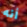
أنه